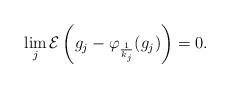
LaTeX: \begin{align*}\lim_j \mathcal{E}\left(g_j-\varphi_{\frac{1}{k_j}}(g_j)\right)=0.\end{align*}